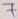
Text: 7